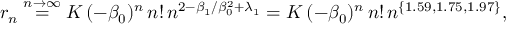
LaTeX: r _ { n } \stackrel { n \to \infty } { = } K \, ( - \beta _ { 0 } ) ^ { n } \, n ! \, n ^ { 2 - \beta _ { 1 } / \beta _ { 0 } ^ { 2 } + \lambda _ { 1 } } = K \, ( - \beta _ { 0 } ) ^ { n } \, n ! \, n ^ { \{ 1 . 5 9 , 1 . 7 5 , 1 . 9 7 \} } ,